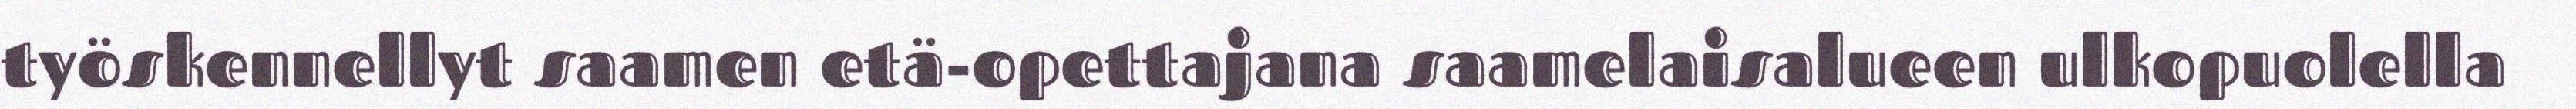
työskennellyt saamen etä-opettajana saamelaisalueen ulkopuolella